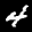
Label: 4